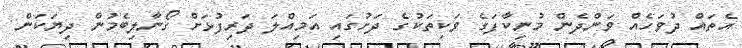
އެތައް ދުވަހެއް ވަންދެން މުނިކާފަގެ ވަކިތަކުގެ ދަށުގައި އަމިއްލަ ދަރިފުޅަށް ގޯނާލިބެމުން ދިޔަކަން